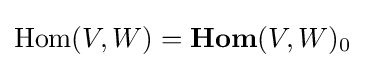
\mathrm {Hom} (V,W)=\mathbf {Hom} (V,W)_{0}